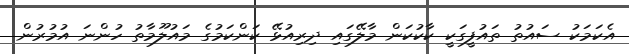
އެކަމަކު ސައުތު ތައުފީގަކީ ކާކުކަން މާލޭގައި ދިރިއުޅޭ ކަންކަމުގެ މައުލޫމާތު ހުންނަ އުމުރުން